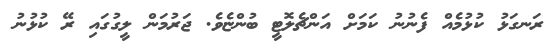
ރަނގަޅު ކުޅުމެއް ފެނުނު ކަމަށް އަންޗެލޮޓީ ބުންޏެވެ. ޖަރުމަން ލީގުގައި ރޭ ކުޅުނު